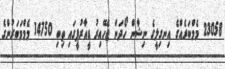
23058 މެމްބަރެއްގެ އިނގިލީގެ ނިޝާން ހޯދަން ޖެހޭއިރު ޑީއާރުޕީގައި ތިބި 14750 މެމްމަބަރުންގެ